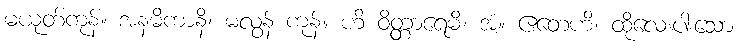
မယုတ်ကုန်။ အနဓိကာနိ၊ မလွန် ကုန်။ ဟိ ဝိတ္တာရေမိ၊ အံ့။ ဧတေဟိ၊ ထိုလေးပါးသော